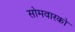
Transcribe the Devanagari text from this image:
सोमवारको